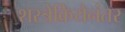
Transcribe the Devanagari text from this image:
शस्त्रेक्रियेनंतर